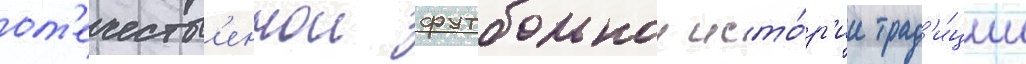
от'ечеств'еннои футбольнои исто́р'ии трад'и́ции